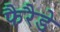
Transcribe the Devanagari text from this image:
फैरैडे